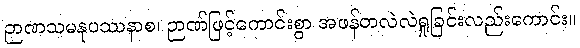
ဉာဏသမနုပဿနာစ၊ ဉာဏ်ဖြင့်ကောင်းစွာ အဖန်တလဲလဲရှုခြင်းလည်းကောင်း။